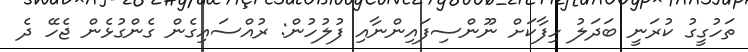
ތަހުގީގު ކުރަނީ ބަދަލު ހިފާކަށް ނޫންސިފައިންނާއި ފުލުހުން: ރުއްސައިގެން ގެންގުޅެން ޖެހޭ ދެ